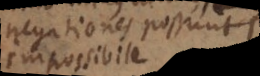
negationes possunt